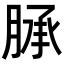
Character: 𦜎